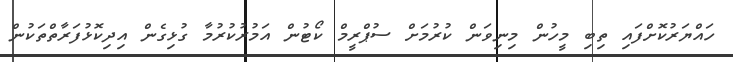
ހައްޔަރުކޮށްފައި ތިބި މީހުން މިނިވަން ކުރުމަށް ސުޕްރީމް ކޯޓުން އަމުރުކުރުމާ ގުޅިގެން އިދިކޮޅުފަރާތްތަކުން